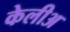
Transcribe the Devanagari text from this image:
केलीअ